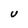
Character: U